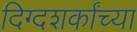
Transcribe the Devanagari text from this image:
दिग्दशर्कांच्या